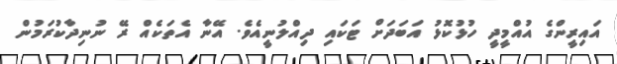
އައިރީންގެ އުއްމީދީ ހުޅުކޮޅު އަބަދަށް ޓަކައި ދިއްލުނީއެވެ. އޭނާ އެތަކެއް ރޭ ނުނިދާކުރަމުން